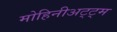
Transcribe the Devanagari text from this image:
मोहिनीअट्ट्म